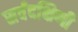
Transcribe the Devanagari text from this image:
सर्वदक्षिणी